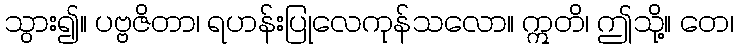
သွား၍။ ပဗ္ဗဇိတာ၊ ရဟန်းပြုလေကုန်သလော။ ဣတိ၊ ဤသို့။ တေ၊